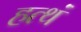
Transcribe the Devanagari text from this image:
हत्थं